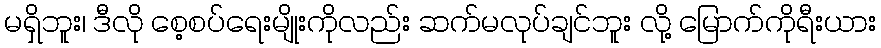
မရှိဘူး၊ ဒီလို စေ့စပ်ရေးမျိုးကိုလည်း ဆက်မလုပ်ချင်ဘူး လို့ မြောက်ကိုရီးယား